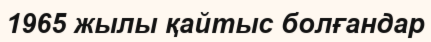
1965 жылы қайтыс болғандар